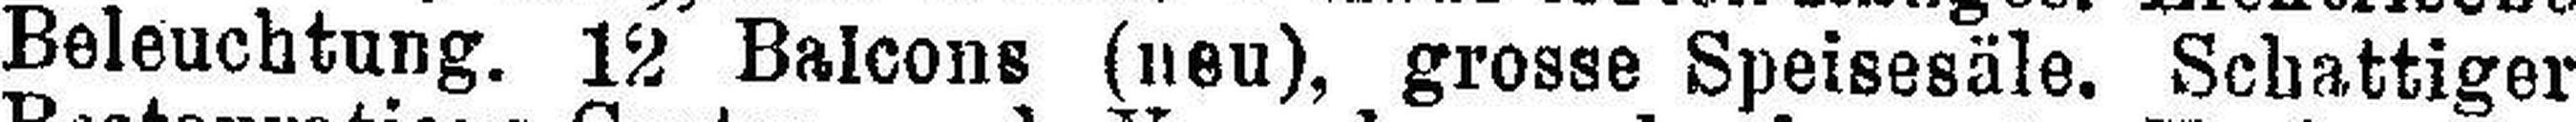
Beleuchtung. 12 Balcons (neu), grosse Speisesäle. Schattiger